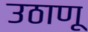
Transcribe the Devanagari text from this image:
उठाणू